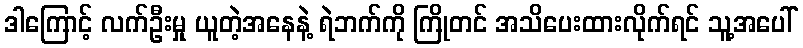
ဒါကြောင့် လက်ဦးမှု ယူတဲ့အနေနဲ့ ရဲဘက်ကို ကြိုတင် အသိပေးထားလိုက်ရင် သူ့အပေါ်